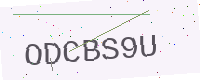
Text: ODCBS9U